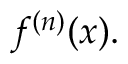
f ^ { ( n ) } ( x ) .